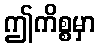
ဤကိစ္စမှာ